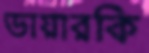
ডায়ারকি